Annual report on the working of the lock hospitals in the North-Western Provinces and Oudh
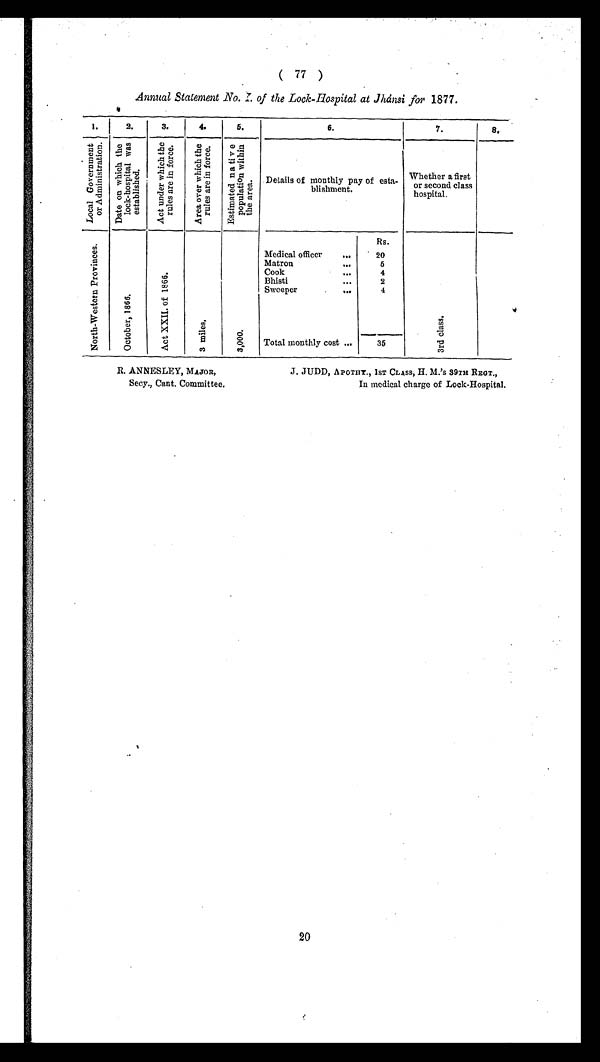
( 77 )
Annual Statement No. I . of the Lock-Hospital at Jhánsi for 1877.
1.
2.
3.
4 .
5.
6.
7.
8.
L o c a l G o v e r n m e n t o f A d m i n i s t r a t i o n .
D a t e o n w h i c h t h e l o c k - h o s p i t a l w a s e s t a b l i s h e d .
A c t u n d e r w h i c h t h e r u l e s a r e i n f o r c e .
A r e a o v e r w h i c h t h e r u l e s a r e i n f o r c e .
E s t i m a t e d n a t i v e p o p u l a t i o n w i t h i n t h e f o r c e .
Details of monthly pay of esta-
blishment.
Whether a first
or second class
hospital.
N o r t h - W e s t e r n P r o v i n c e s .
O c t o b e r , 1 8 6 6 .
A c t X X I I , o f 1 8 6 6 .
3 m i l e s .
3 , 0 0 0
Rs.
3 r d c l a s s .
Medical officer
...
20
Matron ...
5
Cook
...
4
Bhisti
...
2
Sweeper
...
4
Total monthly cost ...
35
R. ANNESLEY, MAJOR,
Secy., Cant. Committee.
J. JUDD, APOTHY., 1ST CLASS, H. M.' S
39TH REGT.,
In medical charge of Lock-Hospital.